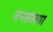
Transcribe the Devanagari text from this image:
जनसंखया